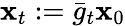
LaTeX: {\mathbf{x}}_{t}:=\bar{g}_{t}{\mathbf{x}}_{0}